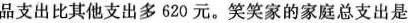
品支出比其他支出多620元。笑笑家的家庭总支出是